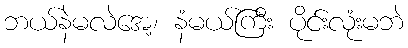
ဘယ်နဲမလဲအေ့၊ နံမယ်ကြီး ပိုင်းလုံးမဘဲ